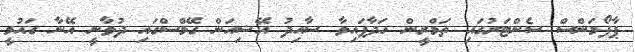
ޕާފޯމަންސް ސެންޓަރުގައި ތަމްރީން ހަދާފައިވާ ސާއިދު އޭޝިއަން ގޭމްސްގައި ދުވާނީ އޭނާ ގައުމީ